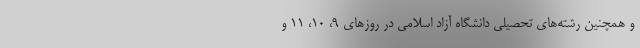
و همچنین رشته‌های تحصیلی دانشگاه آزاد اسلامی در روزهای ۹، ۱۰، ۱۱ و